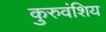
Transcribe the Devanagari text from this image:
कुरुवंशिय